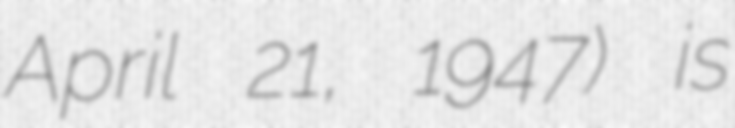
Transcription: April 21, 1947) is